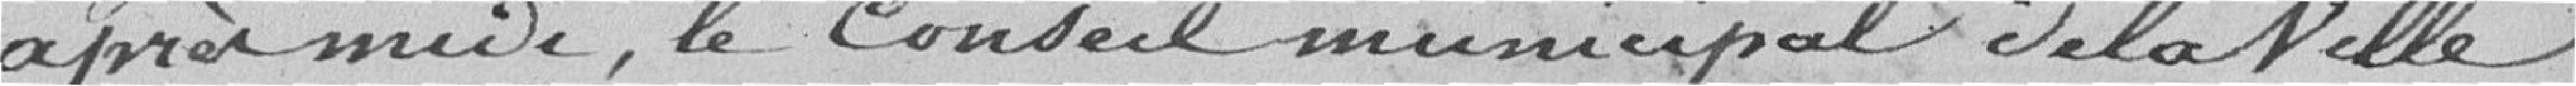
après midi, le Conseil Municipal de la Ville